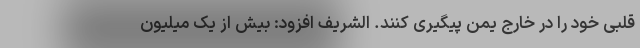
قلبی خود را در خارج یمن پیگیری کنند. الشریف افزود: بیش از یک میلیون